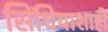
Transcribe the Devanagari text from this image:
सिंधियाशाही